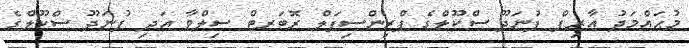
މުޙައްމަދު އާރިފް ފުނަދޫ ސްކޫލްގެ ޕްރިންސިޕަލް ރޮބަރޓް ސިލްވާ އަދި ފުނަދޫ ސްކޫލްގެ